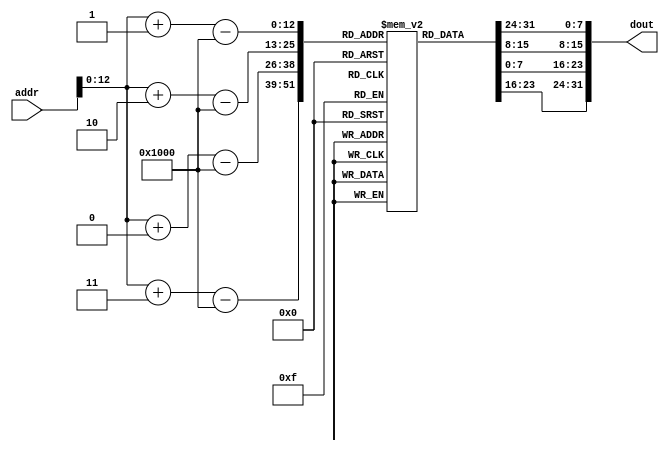
module im (addr,dout);                // 8*1024*8=8KB
    input  [14:0] addr;               //  address bus
    output [31:0] dout;               // 32-bit memory output

    reg    [7:0] rom [8191:0];
    
    //assign dout = {rom[addr+3-15'h3000],rom[addr+2-15'h3000],rom[addr+1-15'h3000],rom[addr+0-15'h3000]};//test only
    assign dout = {rom[addr+0-15'h3000],rom[addr+1-15'h3000],rom[addr+2-15'h3000],rom[addr+3-15'h3000]};//test3 use,dif from dm
    //need to sub 3000H 
endmodule